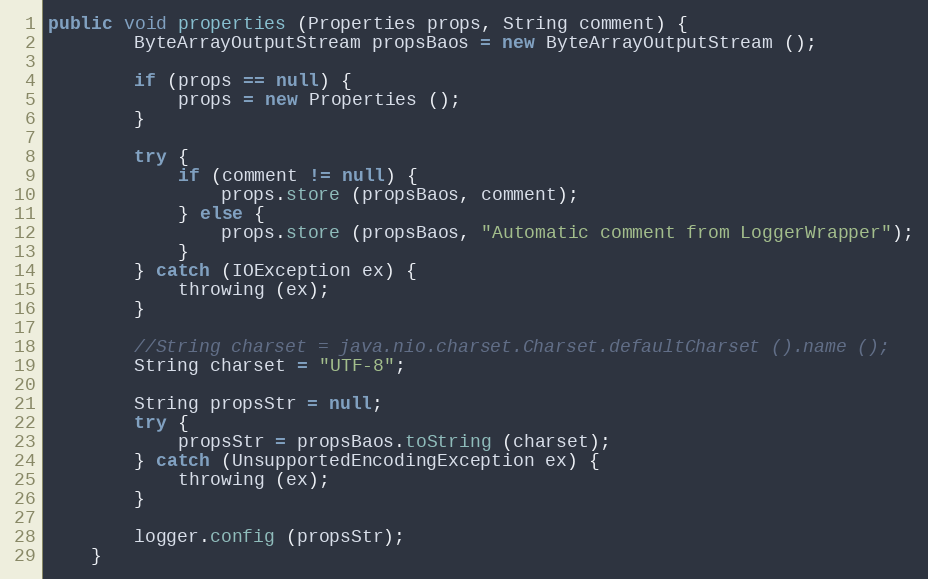
Language: Java
public void properties (Properties props, String comment) {
		ByteArrayOutputStream propsBaos = new ByteArrayOutputStream ();

		if (props == null) {
			props = new Properties ();
		}

		try {
			if (comment != null) {
				props.store (propsBaos, comment);
			} else {
				props.store (propsBaos, "Automatic comment from LoggerWrapper");
			}
		} catch (IOException ex) {
			throwing (ex);
		}

		//String charset = java.nio.charset.Charset.defaultCharset ().name ();
		String charset = "UTF-8";

		String propsStr = null;
		try {
			propsStr = propsBaos.toString (charset);
		} catch (UnsupportedEncodingException ex) {
			throwing (ex);
		}

		logger.config (propsStr);
	}